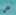
هي